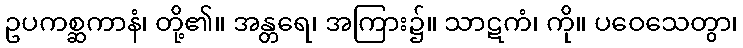
ဥပကစ္ဆကာနံ၊ တို့၏။ အန္တရေ၊ အကြား၌။ သာဋကံ၊ ကို။ ပဝေသေတွာ၊